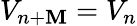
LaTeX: V_{n+\mathbf{M}}=V_{n}